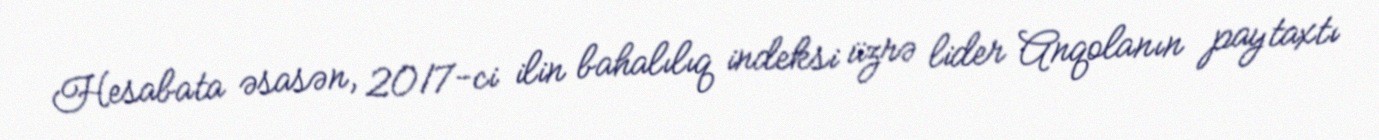
Hesabata əsasən, 2017-ci ilin bahalılıq indeksi üzrə lider Anqolanın paytaxtı